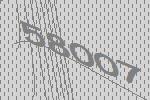
58007